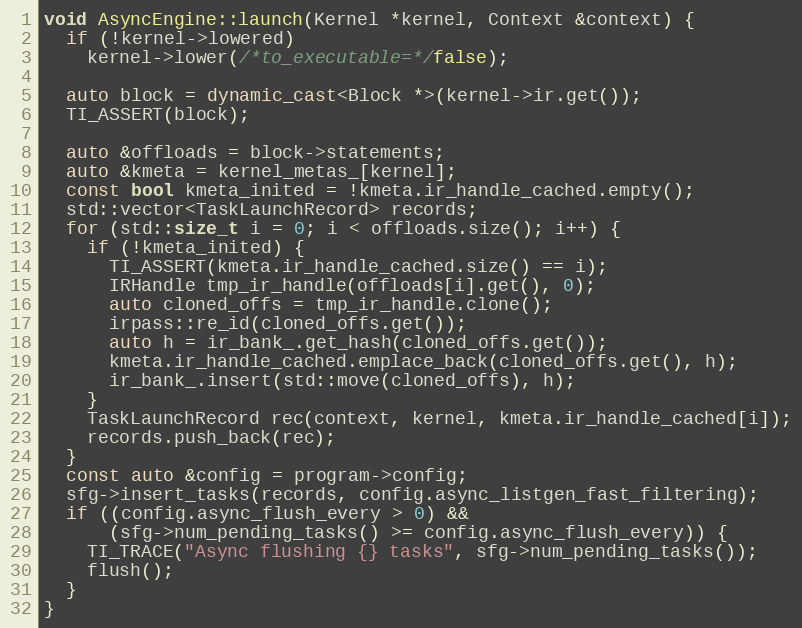
Language: C++
void AsyncEngine::launch(Kernel *kernel, Context &context) {
  if (!kernel->lowered)
    kernel->lower(/*to_executable=*/false);

  auto block = dynamic_cast<Block *>(kernel->ir.get());
  TI_ASSERT(block);

  auto &offloads = block->statements;
  auto &kmeta = kernel_metas_[kernel];
  const bool kmeta_inited = !kmeta.ir_handle_cached.empty();
  std::vector<TaskLaunchRecord> records;
  for (std::size_t i = 0; i < offloads.size(); i++) {
    if (!kmeta_inited) {
      TI_ASSERT(kmeta.ir_handle_cached.size() == i);
      IRHandle tmp_ir_handle(offloads[i].get(), 0);
      auto cloned_offs = tmp_ir_handle.clone();
      irpass::re_id(cloned_offs.get());
      auto h = ir_bank_.get_hash(cloned_offs.get());
      kmeta.ir_handle_cached.emplace_back(cloned_offs.get(), h);
      ir_bank_.insert(std::move(cloned_offs), h);
    }
    TaskLaunchRecord rec(context, kernel, kmeta.ir_handle_cached[i]);
    records.push_back(rec);
  }
  const auto &config = program->config;
  sfg->insert_tasks(records, config.async_listgen_fast_filtering);
  if ((config.async_flush_every > 0) &&
      (sfg->num_pending_tasks() >= config.async_flush_every)) {
    TI_TRACE("Async flushing {} tasks", sfg->num_pending_tasks());
    flush();
  }
}